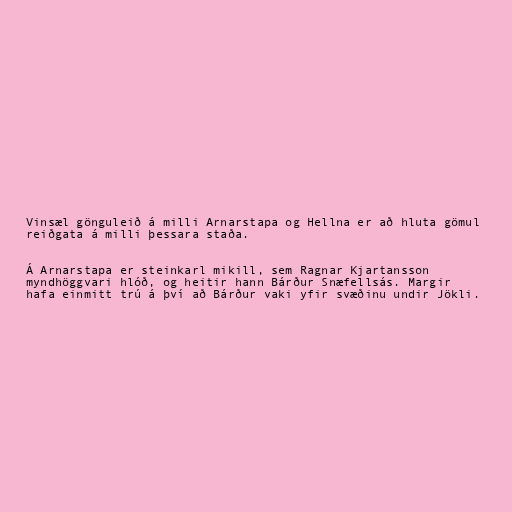
Vinsæl gönguleið á milli Arnarstapa og Hellna er að hluta gömul
reiðgata á milli þessara staða.

Á Arnarstapa er steinkarl mikill, sem Ragnar Kjartansson
myndhöggvari hlóð, og heitir hann Bárður Snæfellsás. Margir
hafa einmitt trú á því að Bárður vaki yfir svæðinu undir Jökli.